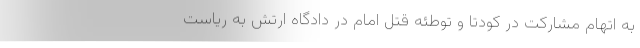
به اتهام مشارکت در کودتا و توطئه قتل امام در دادگاه ارتش به ریاست